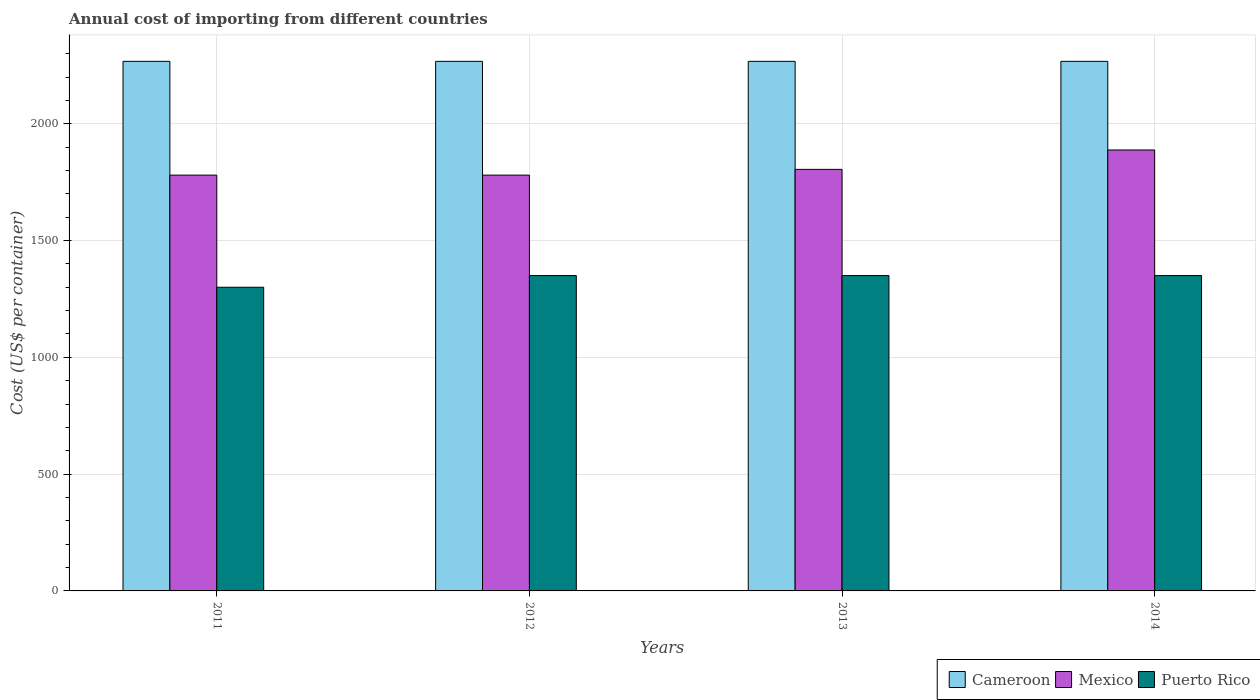
| Years | Cameroon | Mexico | Puerto Rico |
 | --- | --- | --- | --- |
 | 2011 | 2.27e+03 | 1.78e+03 | 1.3e+03 |
 | 2012 | 2.27e+03 | 1.78e+03 | 1.35e+03 |
 | 2013 | 2.27e+03 | 1.8e+03 | 1.35e+03 |
 | 2014 | 2.27e+03 | 1.89e+03 | 1.35e+03 |